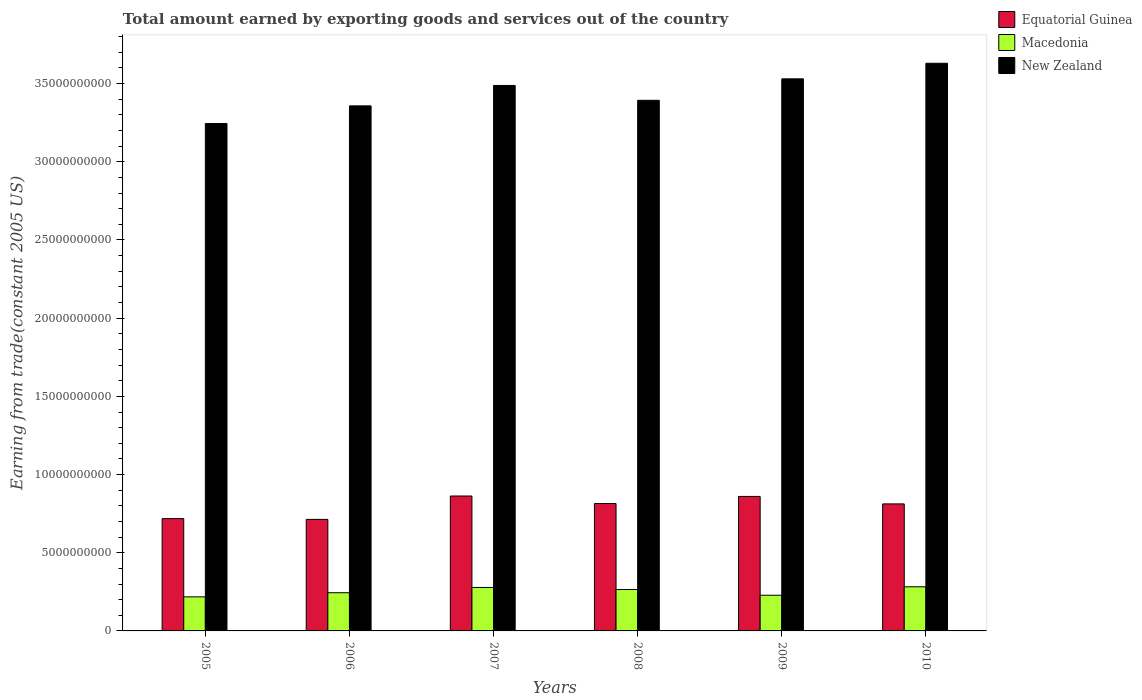
| Years | Equatorial Guinea | Macedonia | New Zealand |
 | --- | --- | --- | --- |
 | 2005 | 7.18e+09 | 2.18e+09 | 3.24e+10 |
 | 2006 | 7.13e+09 | 2.44e+09 | 3.36e+10 |
 | 2007 | 8.63e+09 | 2.78e+09 | 3.49e+10 |
 | 2008 | 8.15e+09 | 2.65e+09 | 3.39e+10 |
 | 2009 | 8.6e+09 | 2.28e+09 | 3.53e+10 |
 | 2010 | 8.12e+09 | 2.82e+09 | 3.63e+10 |